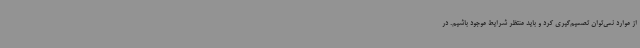
از موارد نمی‌توان تصمیم‌گیری کرد و باید منتظر شرایط موجود باشیم. در